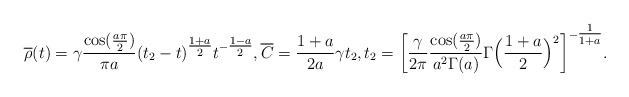
LaTeX: \begin{align*} {\overline \rho} (t) = \gamma \frac{ \cos ( \tfrac{a\pi}2 ) }{ \pi a } (t_2-t)^{ \tfrac{1+a}2 } t^{ - \tfrac{1-a}2 }, {\overline C} = \frac{1+a}{2a} \gamma t_2, t_2 = \bigg[ \frac\gamma{2 \pi} \frac{ \cos ( \tfrac{a\pi}2 ) }{ a^2 \Gamma (a) } \Gamma \Big( \frac{1+a}2 \Big)^2 \bigg]^{ - \tfrac1{1+a} }.\end{align*}